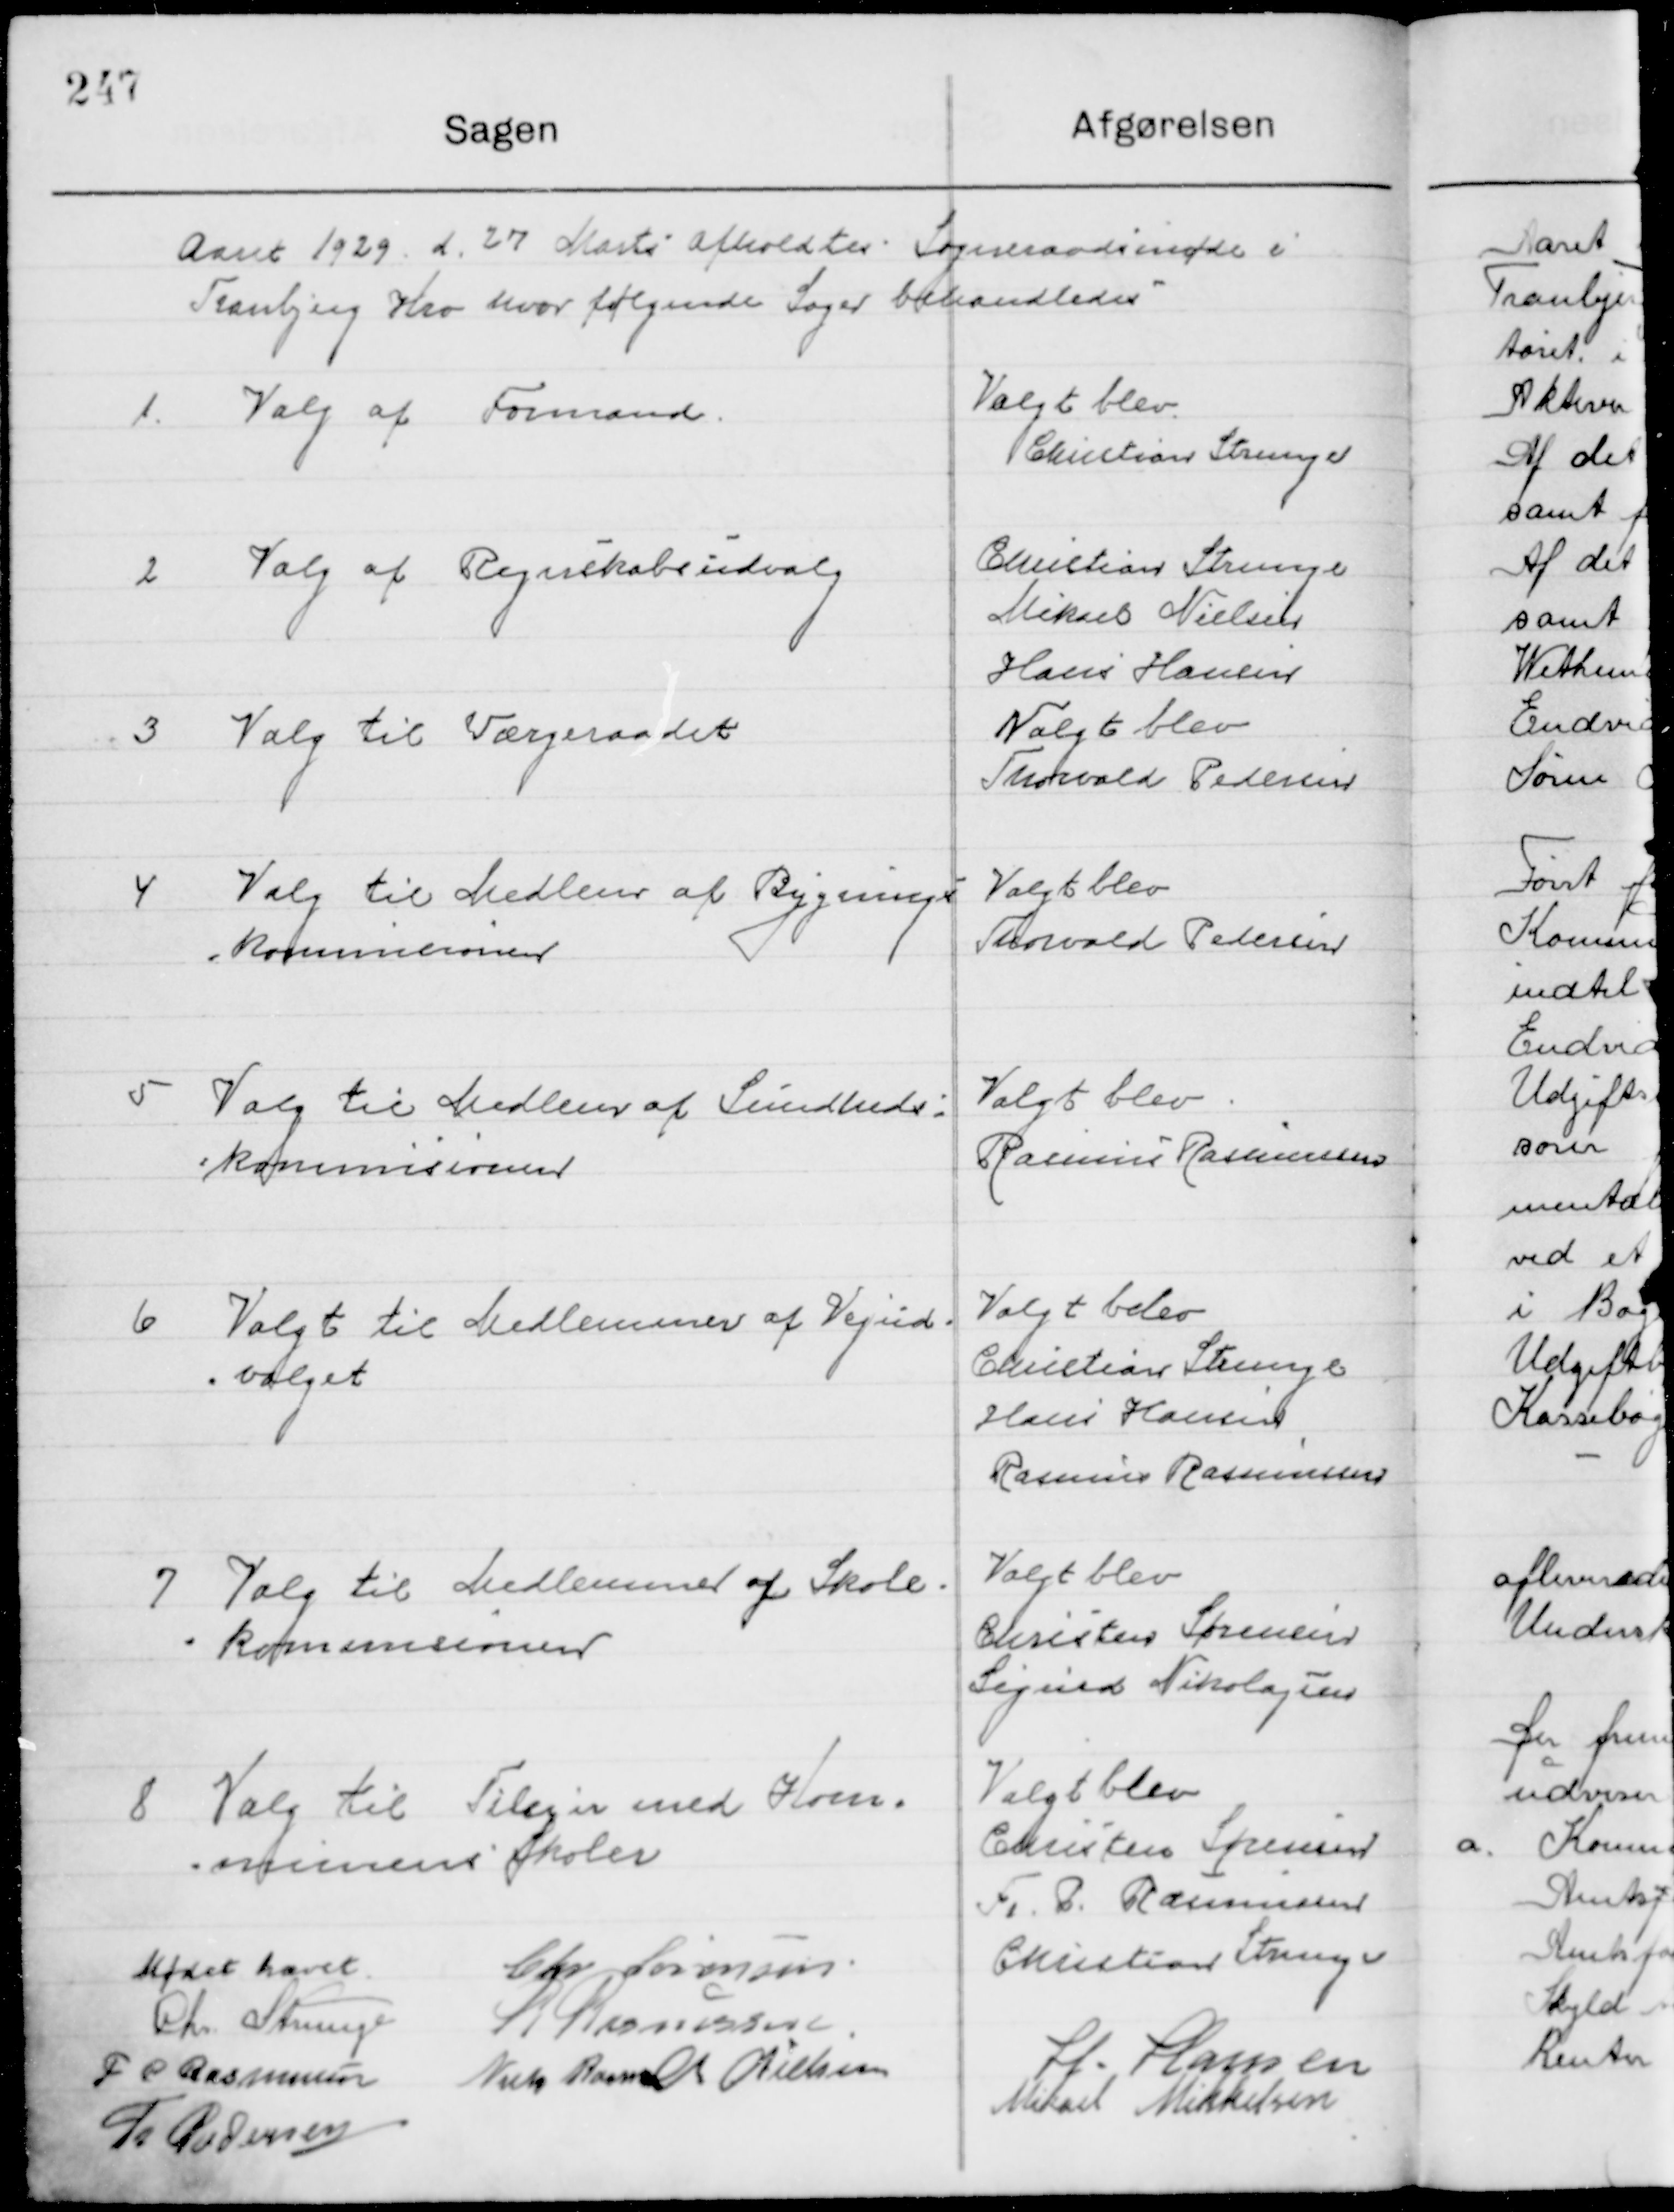
Transskription:
Aaret 1929 den 27 Marts afholdtes Sogneraadsmøde i 
Tranbjerg Kro hvor følgende Sager behandledes.

1

Valg af Formand

Valgt blev
Christian Strunge

2

Valg af Rejseskabsudvalg

Christian Strunge
Mikael Nielsen
Hans Hansen

3

Valg til Værgeraadet

Valgt blev
Thorvald Pedersen

4

Valg til Medlemmer af Bygnings-
kommissionen

Valgt blev
Thorvald Pedersen

5

Valg til Medlemmer af Sundheds- 
kommissionen

Valgt blev
Rasmus Rasmussen

6

Valg til Medlemmer af Vejud-
valget

Valgt blev
Christian Strunge
Hans Hansen
Rasmus Rasmussen

7

Valg til Medlemmer af skole-
kommissionen

Valgt blev
Christen Sørensen
Fr. P. Rasmussen

8

Valg til Tilsyn med Kom-
munens Skoler

Valgt blev
Christen Sørensen
Fr. P. Rasmussen
Christian Strunge

Mødet hævet

Chr. Sørensen
Chr. Strunge
R. Rasmussen
F. P. Rasmussen
Niels Rasmussen
M. Nielsen
H. Hansen
Th. Pedersen
Mikael Mikkelsen